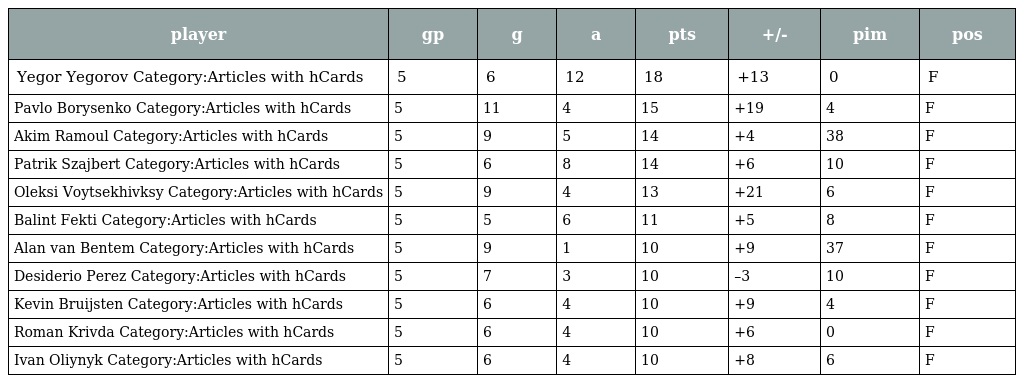
| player | gp | g | a | pts | +/- | pim | pos |
 | --- | --- | --- | --- | --- | --- | --- | --- |
 | Yegor Yegorov Category:Articles with hCards | 5 | 6 | 12 | 18 | +13 | 0 | F |
 | Pavlo Borysenko Category:Articles with hCards | 5 | 11 | 4 | 15 | +19 | 4 | F |
 | Akim Ramoul Category:Articles with hCards | 5 | 9 | 5 | 14 | +4 | 38 | F |
 | Patrik Szajbert Category:Articles with hCards | 5 | 6 | 8 | 14 | +6 | 10 | F |
 | Oleksi Voytsekhivksy Category:Articles with hCards | 5 | 9 | 4 | 13 | +21 | 6 | F |
 | Balint Fekti Category:Articles with hCards | 5 | 5 | 6 | 11 | +5 | 8 | F |
 | Alan van Bentem Category:Articles with hCards | 5 | 9 | 1 | 10 | +9 | 37 | F |
 | Desiderio Perez Category:Articles with hCards | 5 | 7 | 3 | 10 | –3 | 10 | F |
 | Kevin Bruijsten Category:Articles with hCards | 5 | 6 | 4 | 10 | +9 | 4 | F |
 | Roman Krivda Category:Articles with hCards | 5 | 6 | 4 | 10 | +6 | 0 | F |
 | Ivan Oliynyk Category:Articles with hCards | 5 | 6 | 4 | 10 | +8 | 6 | F |